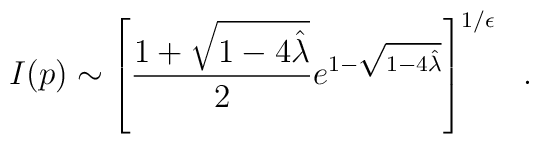
I(p)\sim\left[{1+\sqrt{1-4{\hat\lambda}}\over 2}e^{1-\sqrt{1-4{\hat\lambda}}}\right]^{1/\epsilon}~~.